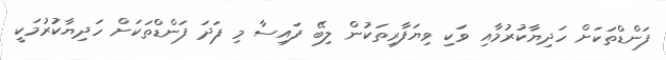
ފަންޑްތަކަށް ހަދިޔާކުރުމާއި ވަކި ވިޔަފާރިތަކުން ލިބޭ ފައިސާ މި ފަދަ ފަންޑްތަކަށް ހަދިޔާކުރުމަކީ